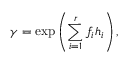
\gamma = \exp \left( \sum _ { i = 1 } ^ { r } f _ { i } h _ { i } \right) ,